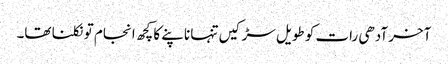
آخر آدھی رات کو طویل سڑکیں تنہا ناپنے کا کچھ انجام تو نکلنا تھا۔